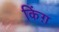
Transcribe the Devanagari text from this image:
किंग़